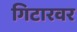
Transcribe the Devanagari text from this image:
गिटारवर